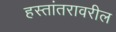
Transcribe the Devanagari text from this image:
हस्तांतरावरील